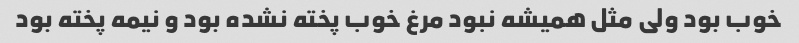
خوب بود ولی مثل همیشه نبود مرغ خوب پخته نشده بود و نیمه پخته بود